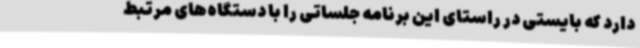
دارد که بایستی در راستای این برنامه جلساتی را با دستگاه‌های مرتبط